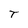
Character: T